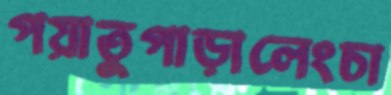
পয়াতুপাড়ালেংচা